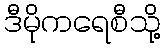
ဒီမိုကရေစီသို့